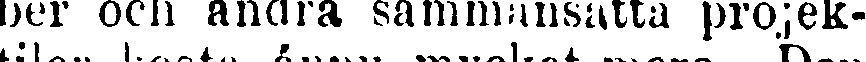
ber och andra sammansatta projek-